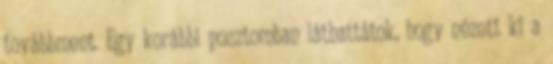
továbbment. Egy korábbi posztomban láthattátok, hogy nézett ki a